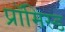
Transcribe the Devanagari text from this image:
प्रॉमिस्ड